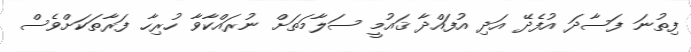
ފިތުނަ ފަސާދަ އުފެދޭ އަދި އުފައްދާ ޤައުމީ ސަލާމަތަށް ނުރައްކާވާ ހުރިހާ ފަރާތަކަށްވެސް